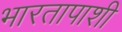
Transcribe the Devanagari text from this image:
भारतापाशी